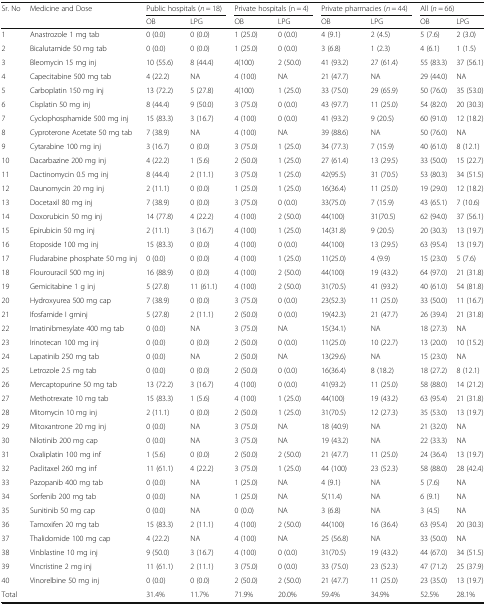
<table><thead><tr><td rowspan="2"><b>Sr. No</b></td><td rowspan="2"><b>Medicine and Dose</b></td><td colspan="2"><b>Public hospitals (<i>n</i> = 18)</b></td><td colspan="2"><b>Private hospitals (n = 4)</b></td><td colspan="2"><b>Private pharmacies (<i>n</i> = 44)</b></td><td colspan="2"><b>All (<i>n</i> = 66)</b></td></tr><tr><td><b>OB</b></td><td><b>LPG</b></td><td><b>OB</b></td><td><b>LPG</b></td><td><b>OB</b></td><td><b>LPG</b></td><td><b>OB</b></td><td><b>LPG</b></td></tr></thead><tbody><tr><td>1</td><td>Anastrozole 1 mg tab</td><td>0 (0.0)</td><td>0 (0.0)</td><td>1 (25.0)</td><td>0 (0.0)</td><td>4 (9.1)</td><td>2 (4.5)</td><td>5 (7.6)</td><td>2 (3.0)</td></tr><tr><td>2</td><td>Bicalutamide 50 mg tab</td><td>0 (0.0)</td><td>0 (0.0)</td><td>1 (25.0)</td><td>0 (0.0)</td><td>3 (6.8)</td><td>1 (2.3)</td><td>4 (6.1)</td><td>1 (1.5)</td></tr><tr><td>3</td><td>Bleomycin 15 mg inj</td><td>10 (55.6)</td><td>8 (44.4)</td><td>4(100)</td><td>2 (50.0)</td><td>41 (93.2)</td><td>27 (61.4)</td><td>55 (83.3)</td><td>37 (56.1)</td></tr><tr><td>4</td><td>Capecitabine 500 mg tab</td><td>4 (22.2)</td><td>NA</td><td>4 (100)</td><td>NA</td><td>21 (47.7)</td><td>NA</td><td>29 (44.0)</td><td>NA</td></tr><tr><td>5</td><td>Carboplatin 150 mg inj</td><td>13 (72.2)</td><td>5 (27.8)</td><td>4(100)</td><td>1 (25.0)</td><td>33 (75.0)</td><td>29 (65.9)</td><td>50 (76.0)</td><td>35 (53.0)</td></tr><tr><td>6</td><td>Cisplatin 50 mg inj</td><td>8 (44.4)</td><td>9 (50.0)</td><td>3 (75.0)</td><td>0 (0.0)</td><td>43 (97.7)</td><td>11 (25.0)</td><td>54 (82.0)</td><td>20 (30.3)</td></tr><tr><td>7</td><td>Cyclophosphamide 500 mg inj</td><td>15 (83.3)</td><td>3 (16.7)</td><td>4 (100)</td><td>0 (0.0)</td><td>41 (93.2)</td><td>9 (20.5)</td><td>60 (91.0)</td><td>12 (18.2)</td></tr><tr><td>8</td><td>Cyproterone Acetate 50 mg tab</td><td>7 (38.9)</td><td>NA</td><td>4 (100)</td><td>NA</td><td>39 (88.6)</td><td>NA</td><td>50 (76.0)</td><td>NA</td></tr><tr><td>9</td><td>Cytarabine 100 mg inj</td><td>3 (16.7)</td><td>0 (0.0)</td><td>3 (75.0)</td><td>1 (25.0)</td><td>34 (77.3)</td><td>7 (15.9)</td><td>40 (61.0)</td><td>8 (12.1)</td></tr><tr><td>10</td><td>Dacarbazine 200 mg inj</td><td>4 (22.2)</td><td>1 (5.6)</td><td>2 (50.0)</td><td>1 (25.0)</td><td>27 (61.4)</td><td>13 (29.5)</td><td>33 (50.0)</td><td>15 (22.7)</td></tr><tr><td>11</td><td>Dactinomycin 0.5 mg inj</td><td>8 (44.4)</td><td>2 (11.1)</td><td>3 (75.0)</td><td>1 (25.0)</td><td>42(95.5)</td><td>31 (70.5)</td><td>53 (80.3)</td><td>34 (51.5)</td></tr><tr><td>12</td><td>Daunomycin 20 mg inj</td><td>2 (11.1)</td><td>0 (0.0)</td><td>1 (25.0)</td><td>1 (25.0)</td><td>16(36.4)</td><td>11 (25.0)</td><td>19 (29.0)</td><td>12 (18.2)</td></tr><tr><td>13</td><td>Docetaxil 80 mg inj</td><td>7 (38.9)</td><td>0 (0.0)</td><td>3 (75.0)</td><td>0 (0.0)</td><td>33(75.0)</td><td>7 (15.9)</td><td>43 (65.1)</td><td>7 (10.6)</td></tr><tr><td>14</td><td>Doxorubicin 50 mg inj</td><td>14 (77.8)</td><td>4 (22.2)</td><td>4 (100)</td><td>2 (50.0)</td><td>44(100)</td><td>31(70.5)</td><td>62 (94.0)</td><td>37 (56.1)</td></tr><tr><td>15</td><td>Epirubicin 50 mg inj</td><td>2 (11.1)</td><td>3 (16.7)</td><td>4 (100)</td><td>1 (25.0)</td><td>14(31.8)</td><td>9 (20.5)</td><td>20 (30.3)</td><td>13 (19.7)</td></tr><tr><td>16</td><td>Etoposide 100 mg inj</td><td>15 (83.3)</td><td>0 (0.0)</td><td>4 (100)</td><td>0 (0.0)</td><td>44(100)</td><td>13 (29.5)</td><td>63 (95.4)</td><td>13 (19.7)</td></tr><tr><td>17</td><td>Fludarabine phosphate 50 mg inj</td><td>0 (0.0)</td><td>0 (0.0)</td><td>4 (100)</td><td>1 (25.0)</td><td>11(25.0)</td><td>4 (9.9)</td><td>15 (23.0)</td><td>5 (7.6)</td></tr><tr><td>18</td><td>Flourouracil 500 mg inj</td><td>16 (88.9)</td><td>0 (0.0)</td><td>4 (100)</td><td>2 (50.0)</td><td>44(100)</td><td>19 (43.2)</td><td>64 (97.0)</td><td>21 (31.8)</td></tr><tr><td>19</td><td>Gemicitabine 1 g inj</td><td>5 (27.8)</td><td>11 (61.1)</td><td>4 (100)</td><td>2 (50.0)</td><td>31(70.5)</td><td>41 (93.2)</td><td>40 (61.0)</td><td>54 (81.8)</td></tr><tr><td>20</td><td>Hydroxyurea 500 mg cap</td><td>7 (38.9)</td><td>0 (0.0)</td><td>3 (75.0)</td><td>0 (0.0)</td><td>23(52.3)</td><td>11 (25.0)</td><td>33 (50.0)</td><td>11 (16.7)</td></tr><tr><td>21</td><td>Ifosfamide I gminj</td><td>5 (27.8)</td><td>2 (11.1)</td><td>2 (50.0)</td><td>0 (0.0)</td><td>19(42.3)</td><td>21 (47.7)</td><td>26 (39.4)</td><td>21 (31.8)</td></tr><tr><td>22</td><td>Imatinibmesylate 400 mg tab</td><td>0 (0.0)</td><td>NA</td><td>3 (75.0)</td><td>NA</td><td>15(34.1)</td><td>NA</td><td>18 (27.3)</td><td>NA</td></tr><tr><td>23</td><td>Irinotecan 100 mg inj</td><td>0 (0.0)</td><td>0 (0.0)</td><td>2 (50.0)</td><td>0 (0.0)</td><td>11(25.0)</td><td>10 (22.7)</td><td>13 (20.0)</td><td>10 (15.2)</td></tr><tr><td>24</td><td>Lapatinib 250 mg tab</td><td>0 (0.0)</td><td>NA</td><td>2 (50.0)</td><td>NA</td><td>13(29.6)</td><td>NA</td><td>15 (23.0)</td><td>NA</td></tr><tr><td>25</td><td>Letrozole 2.5 mg tab</td><td>0 (0.0)</td><td>0 (0.0)</td><td>2 (50.0)</td><td>0 (0.0)</td><td>16(36.4)</td><td>8 (18.2)</td><td>18 (27.2)</td><td>8 (12.1)</td></tr><tr><td>26</td><td>Mercaptopurine 50 mg tab</td><td>13 (72.2)</td><td>3 (16.7)</td><td>4 (100)</td><td>0 (0.0)</td><td>41(93.2)</td><td>11 (25.0)</td><td>58 (88.0)</td><td>14 (21.2)</td></tr><tr><td>27</td><td>Methotrexate 10 mg tab</td><td>15 (83.3)</td><td>1 (5.6)</td><td>4 (100)</td><td>1 (25.0)</td><td>44(100)</td><td>19 (43.2)</td><td>63 (95.4)</td><td>21 (31.8)</td></tr><tr><td>28</td><td>Mitomycin 10 mg inj</td><td>2 (11.1)</td><td>0 (0.0)</td><td>2 (50.0)</td><td>1 (25.0)</td><td>31(70.5)</td><td>12 (27.3)</td><td>35 (53.0)</td><td>13 (19.7)</td></tr><tr><td>29</td><td>Mitoxantrone 20 mg inj</td><td>0 (0.0)</td><td>NA</td><td>3 (75.0)</td><td>NA</td><td>18 (40.9)</td><td>NA</td><td>21 (32.0)</td><td>NA</td></tr><tr><td>30</td><td>Nilotinib 200 mg cap</td><td>0 (0.0)</td><td>NA</td><td>3 (75.0)</td><td>NA</td><td>19 (43.2)</td><td>NA</td><td>22 (33.3)</td><td>NA</td></tr><tr><td>31</td><td>Oxaliplatin 100 mg inf</td><td>1 (5.6)</td><td>0 (0.0)</td><td>2 (50.0)</td><td>2 (50.0)</td><td>21 (47.7)</td><td>11 (25.0)</td><td>24 (36.4)</td><td>13 (19.7)</td></tr><tr><td>32</td><td>Paclitaxel 260 mg inf</td><td>11 (61.1)</td><td>4 (22.2)</td><td>3 (75.0)</td><td>1 (25.0)</td><td>44 (100)</td><td>23 (52.3)</td><td>58 (88.0)</td><td>28 (42.4)</td></tr><tr><td>33</td><td>Pazopanib 400 mg tab</td><td>0 (0.0)</td><td>NA</td><td>1 (25.0)</td><td>NA</td><td>4 (9.1)</td><td>NA</td><td>5 (7.6)</td><td>NA</td></tr><tr><td>34</td><td>Sorfenib 200 mg tab</td><td>0 (0.0)</td><td>NA</td><td>1 (25.0)</td><td>NA</td><td>5(11.4)</td><td>NA</td><td>6 (9.1)</td><td>NA</td></tr><tr><td>35</td><td>Sunitinib 50 mg cap</td><td>0 (0.0)</td><td>NA</td><td>0 (0.0)</td><td>NA</td><td>3 (6.8)</td><td>NA</td><td>3 (4.5)</td><td>NA</td></tr><tr><td>36</td><td>Tamoxifen 20 mg tab</td><td>15 (83.3)</td><td>2 (11.1)</td><td>4 (100)</td><td>2 (50.0)</td><td>44(100)</td><td>16 (36.4)</td><td>63 (95.4)</td><td>20 (30.3)</td></tr><tr><td>37</td><td>Thalidomide 100 mg cap</td><td>4 (22.2)</td><td>NA</td><td>4 (100)</td><td>NA</td><td>25 (56.8)</td><td>NA</td><td>33 (50.0)</td><td>NA</td></tr><tr><td>38</td><td>Vinblastine 10 mg inj</td><td>9 (50.0)</td><td>3 (16.7)</td><td>4 (100)</td><td>0 (0.0)</td><td>31(70.5)</td><td>19 (43.2)</td><td>44 (67.0)</td><td>34 (51.5)</td></tr><tr><td>39</td><td>Vincristine 2 mg inj</td><td>11 (61.1)</td><td>2 (11.1)</td><td>3 (75.0)</td><td>0 (0.0)</td><td>33 (75.0)</td><td>23 (52.3)</td><td>47 (71.2)</td><td>25 (37.9)</td></tr><tr><td>40</td><td>Vinorelbine 50 mg inj</td><td>0 (0.0)</td><td>0 (0.0)</td><td>2 (50.0)</td><td>2 (50.0)</td><td>21 (47.7)</td><td>11 (25.0)</td><td>23 (35.0)</td><td>13 (19.7)</td></tr><tr><td colspan="2">Total</td><td>31.4%</td><td>11.7%</td><td>71.9%</td><td>20.0%</td><td>59.4%</td><td>34.9%</td><td>52.5%</td><td>28.1%</td></tr></tbody></table>